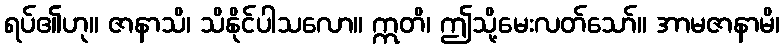
ရပ်၏ဟု။ ဇာနာသိ၊ သိနိုင်ပါသလော။ ဣတိ၊ ဤသို့မေးလတ်သော်။ အာမဇာနာမိ၊